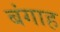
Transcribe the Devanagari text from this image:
बंगाह